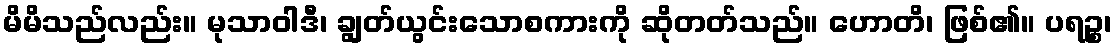
မိမိသည်လည်း။ မုသာဝါဒီ၊ ချွတ်ယွင်းသောစကားကို ဆိုတတ်သည်။ ဟောတိ၊ ဖြစ်၏။ ပရဉ္စ၊